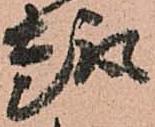
趣